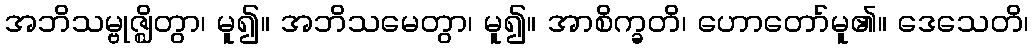
အဘိသမ္ဗုဇ္ဈိတွာ၊ မူ၍။ အဘိသမေတွာ၊ မူ၍။ အာစိက္ခတိ၊ ဟောတော်မူ၏။ ဒေသေတိ၊